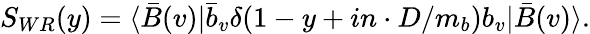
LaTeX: S_{WR}(y)=\langle\bar{B}(v)|\bar{b}_{v}\delta(1-y+in\cdot D/m_{b})b_{v}|\bar{B}(v)\rangle.